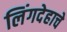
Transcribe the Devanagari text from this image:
लिंगदेहाचे